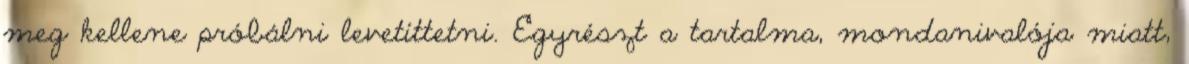
meg kellene próbálni levetíttetni. Egyrészt a tartalma, mondanivalója miatt,